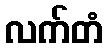
လက်တံ